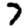
Digit: 7